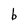
Character: b